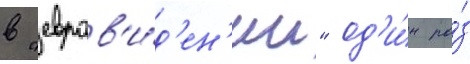
в "евров'и́д'ен'ии" од'и́н ра́з